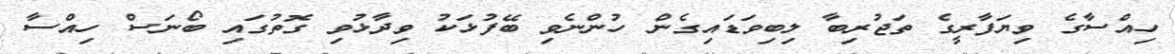
ހިއްސާގެ ވިޔަފާރީގެ ތަޖުރިބާ ލިބިވަޑައިގެން ހުންނެވި ބޭފުޅަކު ވިދާޅުވި ގޮތުގައި ބޯނަސް ހިއްސާ